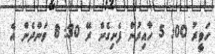
ހަވީރު 00: 5 ހާއިރުން ފެށިގެން ރޭ 30: 8 ވަންދެން އެ